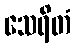
သေရိတံ